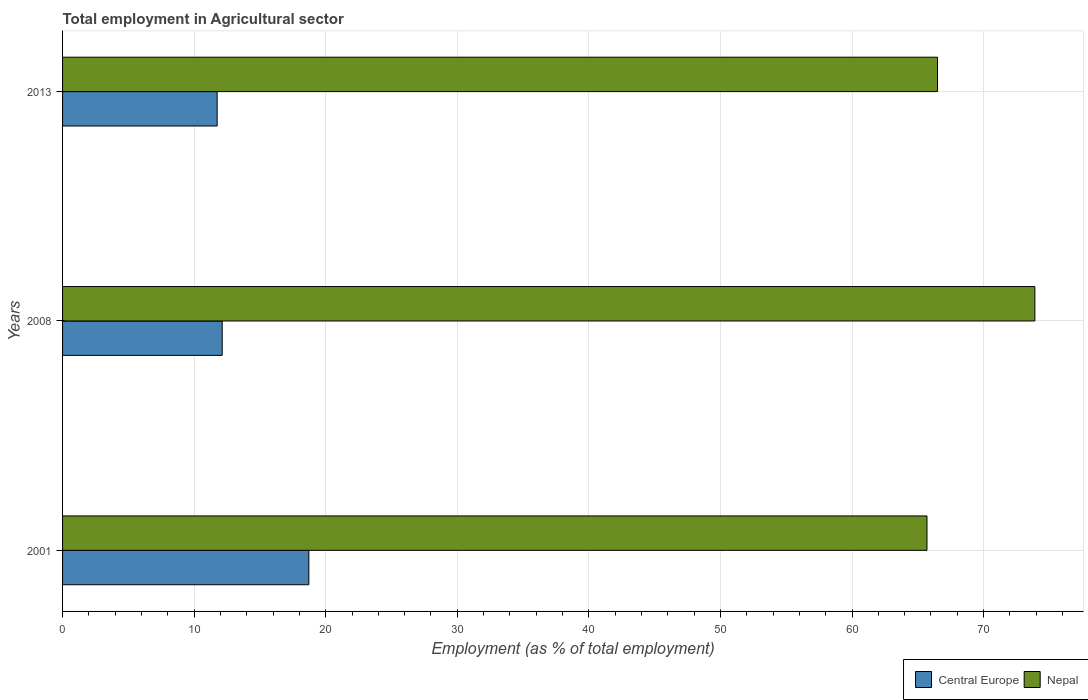
| Years | Central Europe | Nepal |
 | --- | --- | --- |
 | 2001 | 18.7 | 65.7 |
 | 2008 | 12.1 | 73.9 |
 | 2013 | 11.7 | 66.5 |